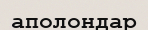
аполондар